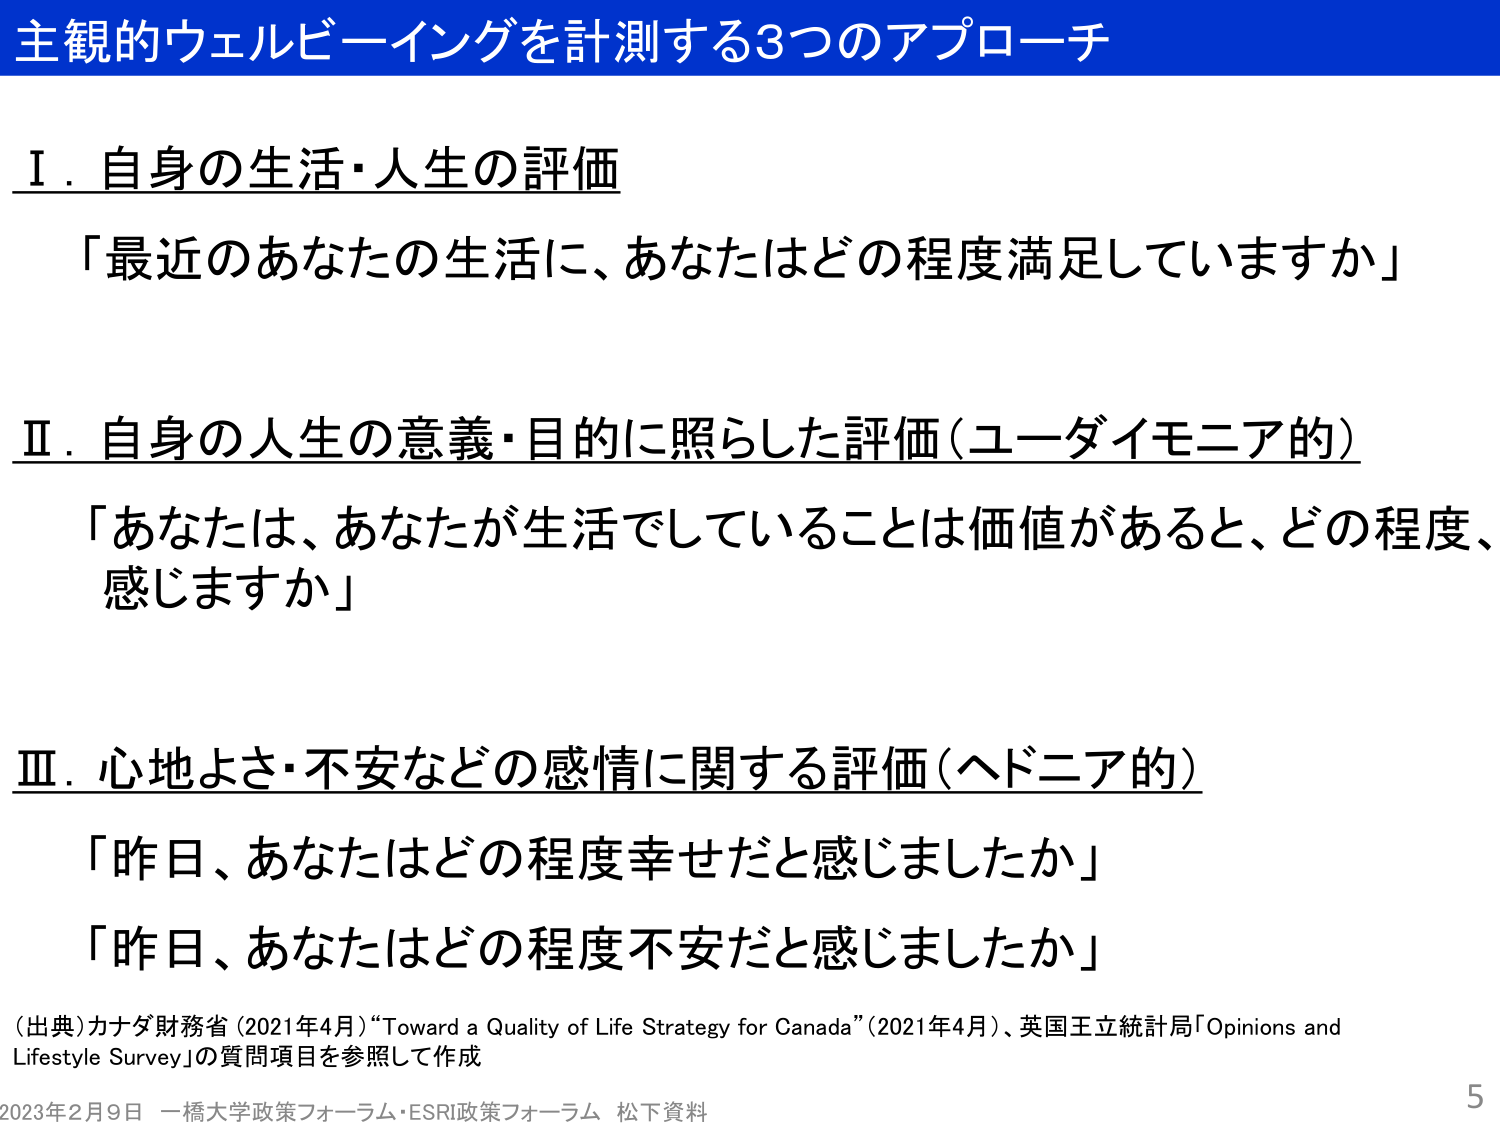
主観的ウェルビーイングを計測する3つのアプローチ

Ⅰ．自身の生活・人生の評価
「最近のあなたの生活に、あなたはどの程度満足していますか」

Ⅱ．自身の人生の意義・目的に照らした評価（ユーダイモニア的）
「あなたは、あなたが生活でしていることは価値があると、どの程度、感じますか」

Ⅲ．心地よさ・不安などの感情に関する評価（ヘドニア的）
「昨日、あなたはどの程度幸せだと感じましたか」
「昨日、あなたはどの程度不安だと感じましたか」

（出典）カナダ財務省（2021年4月）“Toward a Quality of Life Strategy for Canada”（2021年4月）、英国王立統計局「Opinions and Lifestyle Survey」の質問項目を参照して作成

2023年2月9日 一橋大学政策フォーラム・ESRI政策フォーラム 松下資料

5